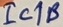
Text: IC1B